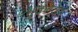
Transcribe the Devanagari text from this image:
भुवनेवर